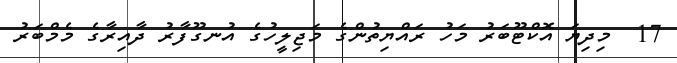
17  މިދިޔަ އޮކްޓޫބަރު މަހު ރައްޔިތުންގެ މަޖިލީހުގެ އުނގޫފާރު ދާއިރާގެ މެމްބަރު